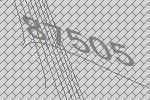
87505